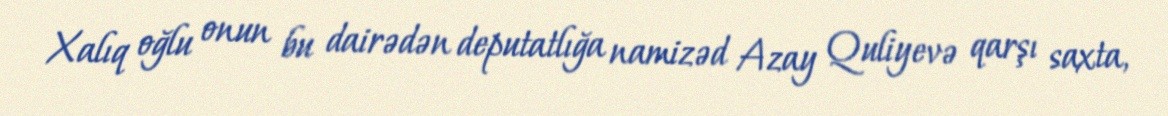
Xalıq oğlu onun bu dairədən deputatlığa namizəd Azay Quliyevə qarşı saxta,